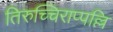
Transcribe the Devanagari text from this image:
तिरुच्चिराप्पल्लि